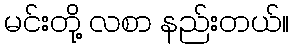
မင်းတို့ လစာ နည်းတယ်။